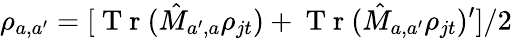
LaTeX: \rho_{a,a^{\prime}}=[\mathrm{~T~r~}(\hat{M}_{a^{\prime},a}\rho_{jt})+\mathrm{~T~r~}(\hat{M}_{a,a^{\prime}}\rho_{jt})^{\prime}]/2